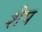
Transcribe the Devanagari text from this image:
शैप